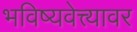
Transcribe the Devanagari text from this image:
भविष्यवेत्त्यावर